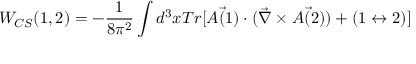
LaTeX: W _ { C S } ( 1 , 2 ) = - \frac { 1 } { 8 \pi ^ { 2 } } \int d ^ { 3 } x T r [ \vec { A ( 1 ) } \cdot ( \vec { \nabla } \times \vec { A ( 2 ) } ) + ( 1 \leftrightarrow 2 ) ]